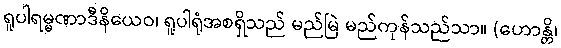
ရူပါရမ္မဏာဒီနိယေဝ၊ ရူပါရုံအစရှိသည် မည်မြဲ မည်ကုန်သည်သာ။ (ဟောန္တိ၊